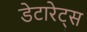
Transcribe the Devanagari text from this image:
डेटारेट्स